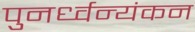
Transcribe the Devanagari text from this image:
पुनर्ध्वन्यंकन